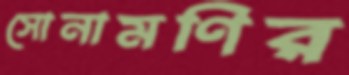
সোনামণির